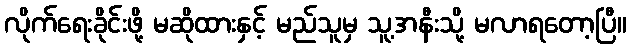
လိုက်ရေးခိုင်းဖို့ မဆိုထားနှင့် မည်သူမှ သူ့အနီးသို့ မလာရတော့ပြီ။